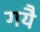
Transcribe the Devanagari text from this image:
गयै